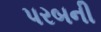
પરબની